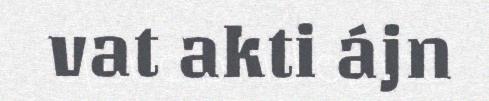
vat akti ájn